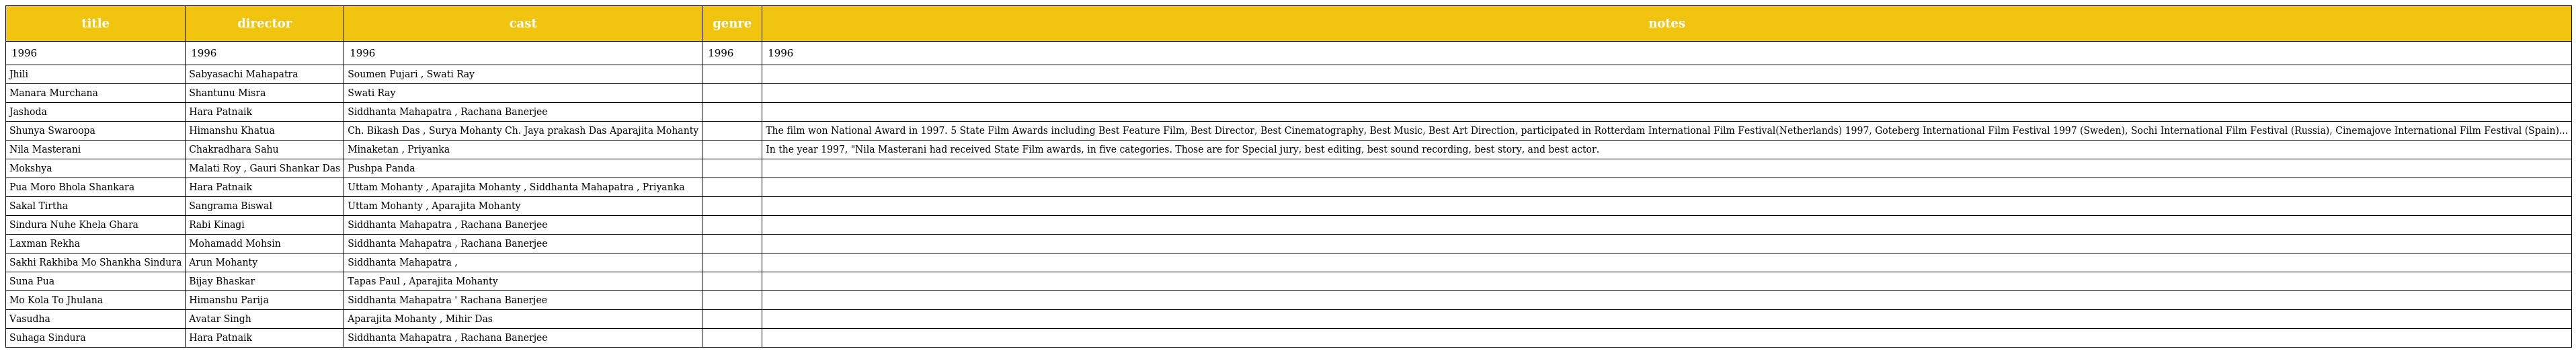
| title | director | cast | genre | notes |
 | --- | --- | --- | --- | --- |
 | 1996 | 1996 | 1996 | 1996 | 1996 |
 | Jhili | Sabyasachi Mahapatra | Soumen Pujari , Swati Ray |  |  |
 | Manara Murchana | Shantunu Misra | Swati Ray |  |  |
 | Jashoda | Hara Patnaik | Siddhanta Mahapatra , Rachana Banerjee |  |  |
 | Shunya Swaroopa | Himanshu Khatua | Ch. Bikash Das , Surya Mohanty Ch. Jaya prakash Das Aparajita Mohanty |  | The film won National Award in 1997. 5 State Film Awards including Best Feature Film, Best Director, Best Cinematography, Best Music, Best Art Direction, participated in Rotterdam International Film Festival(Netherlands) 1997, Goteberg International Film Festival 1997 (Sweden), Sochi International Film Festival (Russia), Cinemajove International Film Festival (Spain)... |
 | Nila Masterani | Chakradhara Sahu | Minaketan , Priyanka |  | In the year 1997, "Nila Masterani had received State Film awards, in five categories. Those are for Special jury, best editing, best sound recording, best story, and best actor. |
 | Mokshya | Malati Roy , Gauri Shankar Das | Pushpa Panda |  |  |
 | Pua Moro Bhola Shankara | Hara Patnaik | Uttam Mohanty , Aparajita Mohanty , Siddhanta Mahapatra , Priyanka |  |  |
 | Sakal Tirtha | Sangrama Biswal | Uttam Mohanty , Aparajita Mohanty |  |  |
 | Sindura Nuhe Khela Ghara | Rabi Kinagi | Siddhanta Mahapatra , Rachana Banerjee |  |  |
 | Laxman Rekha | Mohamadd Mohsin | Siddhanta Mahapatra , Rachana Banerjee |  |  |
 | Sakhi Rakhiba Mo Shankha Sindura | Arun Mohanty | Siddhanta Mahapatra , |  |  |
 | Suna Pua | Bijay Bhaskar | Tapas Paul , Aparajita Mohanty |  |  |
 | Mo Kola To Jhulana | Himanshu Parija | Siddhanta Mahapatra ' Rachana Banerjee |  |  |
 | Vasudha | Avatar Singh | Aparajita Mohanty , Mihir Das |  |  |
 | Suhaga Sindura | Hara Patnaik | Siddhanta Mahapatra , Rachana Banerjee |  |  |